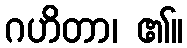
ဂဟိတာ၊ ၏။